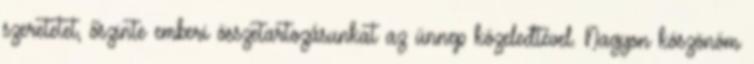
szeretetet, őszinte emberi összetartozásunkat az ünnep közeledtével. Nagyon köszönöm